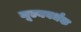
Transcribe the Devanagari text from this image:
मूल्यवर्धक